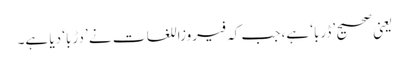
یعنی صحیح ’ڈربا‘ ہے، جب کہ فیروزاللغات نے ’دڑبا‘ دیا ہے۔